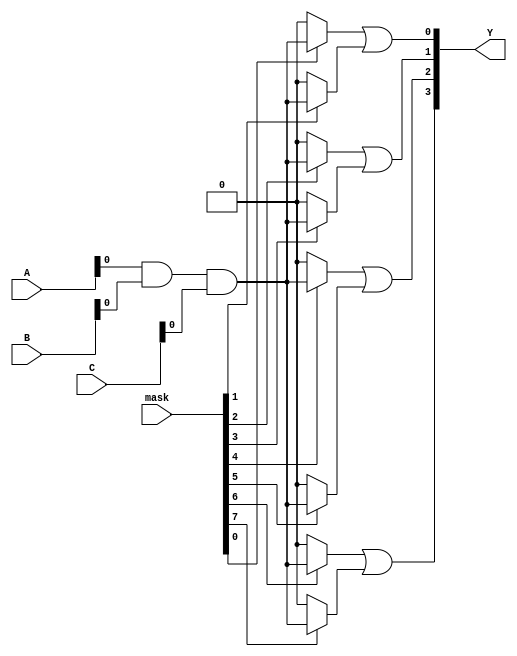
module MaskedPAL (
    input wire [2:0] A,         // Example inputs (3 bits: A0, A1, A2)
    input wire [2:0] B,         // Example inputs (3 bits: B0, B1, B2)
    input wire [2:0] C,         // Example inputs (3 bits: C0, C1, C2)
    input wire [7:0] mask,      // Masking signals for AND gates (8 bits)
    output wire [3:0] Y         // Outputs from OR gates (4 outputs)
);

// Internal wires for AND gate outputs
wire [7:0] and_out;

// AND gate array (8 AND gates)
genvar i;
generate
    for (i = 0; i < 8; i = i + 1) begin : and_array
        // Each AND gate is programmed based on the mask
        assign and_out[i] = (mask[i] == 1'b1) ? (A[0] & B[0] & C[0]) : 1'b0; // Example AND gate
    end
endgenerate

// OR gate array (4 OR gates)
assign Y[0] = and_out[0] | and_out[1]; // OR Gate 1
assign Y[1] = and_out[2] | and_out[3]; // OR Gate 2
assign Y[2] = and_out[4] | and_out[5]; // OR Gate 3
assign Y[3] = and_out[6] | and_out[7]; // OR Gate 4

endmodule